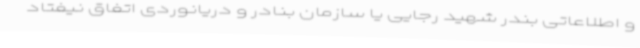
و اطلاعاتی بندر شهید رجایی یا سازمان بنادر و دریانوردی اتفاق نیفتاد